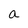
Character: a